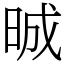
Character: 晠